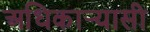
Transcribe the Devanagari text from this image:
अधिकार्‍यासी